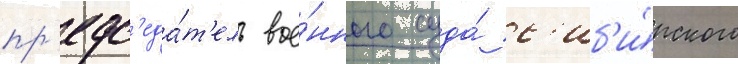
пр'едс'еда́т'ель вое́нного суда́ с'иб'и́рского